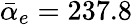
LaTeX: \bar{\alpha}_{e}=237.8